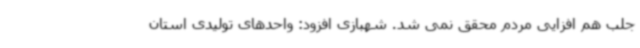
جلب هم افزایی مردم محقق نمی شد. شهبازی افزود: واحدهای تولیدی استان